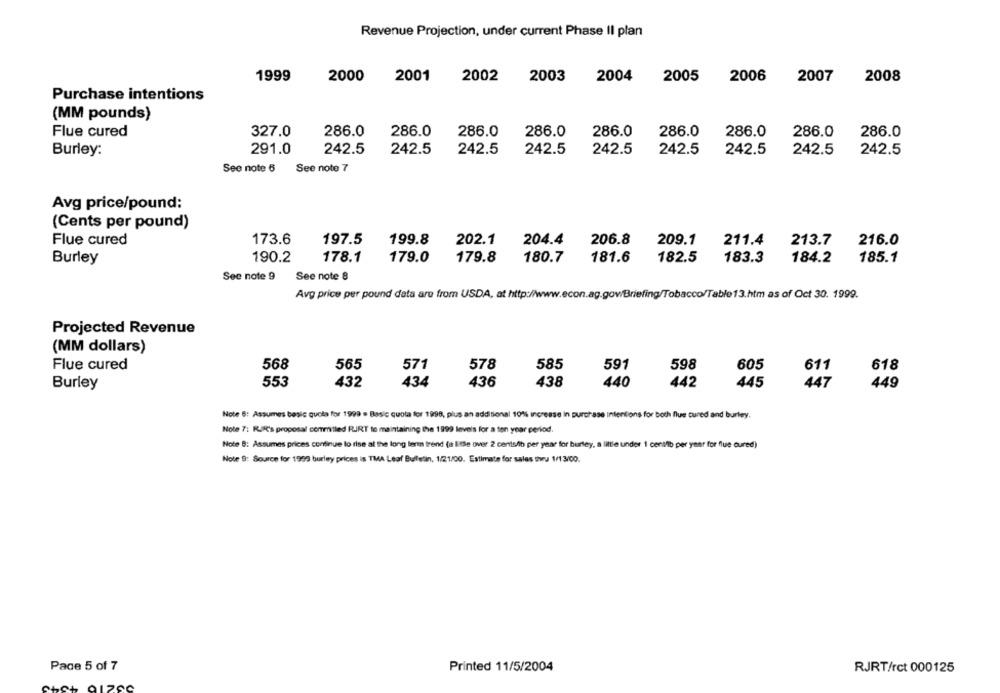
Revenue Projection, under current Phase II plan
1999
2000
2001
2002
2003
2004
2005
2006
2007
2008
Purchase intentions
(MM pounds)
286.0
286.0
286.0
286.0
286.0
286.0
Flue cured
327.0
286.0
286.0
286.0
Burley:
291.0
242.5
242.5
242.5
242.5
242.5
242.5
242.5
242.5
242.5
See note 6
See note 7
Avg price/pound:
(Cents per pound)
Flue cured
173.6
197.5
199.8
202.1
204.4
206.8
209.1
211.4
213.7
216.0
Burley
190.2
178.1
179.0
179.8
180.7
181.6
182.5
183.3
184.2
185.1
See note 9
See note 8
Avg price per pound data are from USDA, at http://www.econ.ag.gov/Briefing/Tobacco/Table13.htm as of Oct 30. 1999.
Projected Revenue
(MM dollars)
Flue cured
568
565
571
578
585
591
598
605
611
618
Burley
553
432
434
436
438
440
442
445
447
449
Note 6: Assumes besle quela for 1999 · Basic quota for 1999, plus an additional 10% increase in purchase Intentions for both flue cured and burley.
Note 7: RUIR's proposal commitled RIRT to maintaining the 1999 levels for a ten year period.
Note 8: Assumes prices continue to rise al the long term trend (a little over 2 cents/lib per year for burley, a little under 1 centlib per year for flue cured)
Note 8: Source for 1999 burley prices is TMA Leaf Bulletin, 1/21/00. Estimate for sales thru 1/13/00.
Page 5 of 7
Printed 11/5/2004
RJRT/rct 000125
+ QLZSC